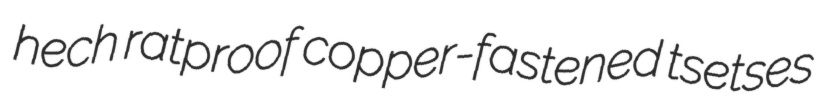
hech ratproof copper-fastened tsetses